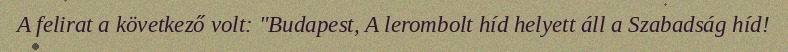
A felirat a következő volt: "Budapest, A lerombolt híd helyett áll a Szabadság híd!